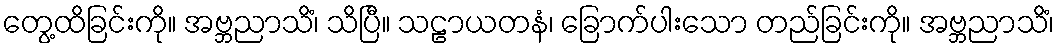
တွေ့ထိခြင်းကို။ အဗ္ဘညာသိံ၊ သိပြီ။ သဠာယတနံ၊ ခြောက်ပါးသော တည်ခြင်းကို။ အဗ္ဘညာသိံ၊